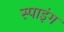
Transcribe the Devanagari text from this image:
स्पाइंग